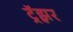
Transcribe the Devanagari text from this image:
ट्रॅझ़र